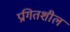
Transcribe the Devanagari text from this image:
प्रगितशील